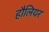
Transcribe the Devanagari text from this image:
हौलियर